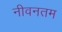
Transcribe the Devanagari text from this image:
नीवनतम